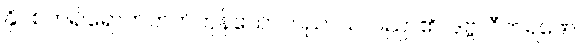
နှိပ်စက်၍ရောက်တတ်ကုန်သော။ ပညာယ၊ ပညာ၏။ ဒုဗ္ဗလီကရဏေ၊